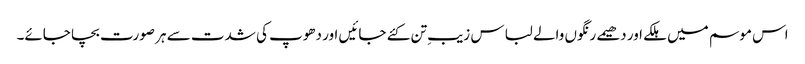
اس موسم میں ہلکے اور دھیمے رنگوں والے لباس زیبِ تن کئے جائیں اور دھوپ کی شدت سے ہر صورت بچا جائے۔